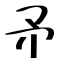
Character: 矛